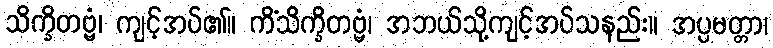
သိက္ခိတဗ္ဗံ၊ ကျင့်အပ်၏။ ကိံသိက္ခိတဗ္ဗံ၊ အဘယ်သို့ကျင့်အပ်သနည်း။ အပ္ပမတ္တာ၊